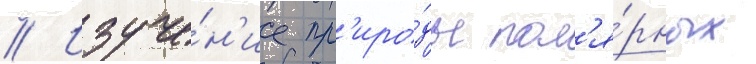
// Изуче́н'ие пр'иро́ды пол'я́рных